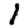
Digit: 1